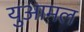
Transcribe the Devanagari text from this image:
युआमल